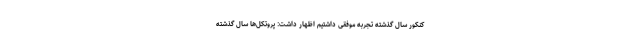
کنکور سال گذشته تجربه موفقی داشتیم اظهار داشت: پروتکل‌ها سال گذشته